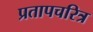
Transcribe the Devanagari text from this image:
प्रतापचरित्र